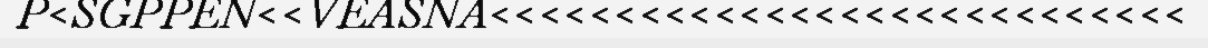
P<SGPPEN<<VEASNA<<<<<<<<<<<<<<<<<<<<<<<<<<<<